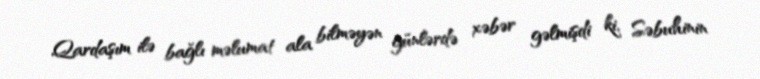
Qardaşım ilə bağlı məlumat ala bilməyən günlərdə xəbər gəlmişdi ki, Səbuhinin